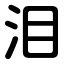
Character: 泪